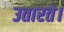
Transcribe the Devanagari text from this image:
उतारते।